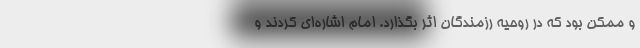
و ممکن بود که در روحیه رزمندگان اثر بگذارد. امام اشاره‌ای کردند و